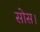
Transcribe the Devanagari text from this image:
सोस।